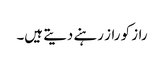
راز کو راز رہنے دیتے ہیں۔